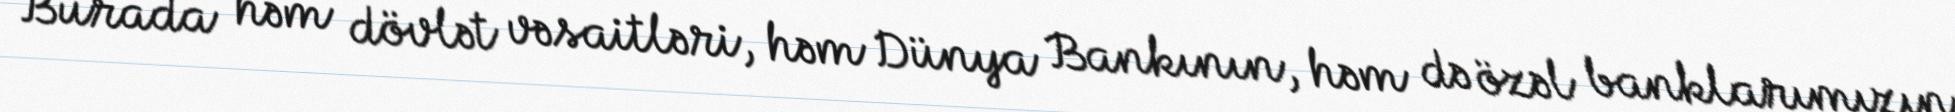
Burada həm dövlət vəsaitləri, həm Dünya Bankının, həm də özəl banklarımızın